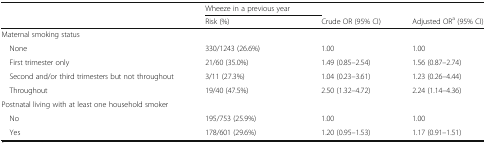
<table><thead><tr><td></td><td><b>Wheeze in a previous year</b></td><td></td><td></td></tr><tr><td></td><td><b>Risk (%)</b></td><td><b>Crude OR (95% CI)</b></td><td><b>Adjusted OR<sup>a</sup> (95% CI)</b></td></tr></thead><tbody><tr><td colspan="4">Maternal smoking status</td></tr><tr><td> None</td><td>330/1243 (26.6%)</td><td>1.00</td><td>1.00</td></tr><tr><td> First trimester only</td><td>21/60 (35.0%)</td><td>1.49 (0.85–2.54)</td><td>1.56 (0.87–2.74)</td></tr><tr><td> Second and/or third trimesters but not throughout</td><td>3/11 (27.3%)</td><td>1.04 (0.23–3.61)</td><td>1.23 (0.26–4.44)</td></tr><tr><td> Throughout</td><td>19/40 (47.5%)</td><td>2.50 (1.32–4.72)</td><td>2.24 (1.14–4.36)</td></tr><tr><td colspan="4">Postnatal living with at least one household smoker</td></tr><tr><td> No</td><td>195/753 (25.9%)</td><td>1.00</td><td>1.00</td></tr><tr><td> Yes</td><td>178/601 (29.6%)</td><td>1.20 (0.95–1.53)</td><td>1.17 (0.91–1.51)</td></tr></tbody></table>